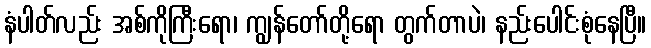
နံပါတ်လည်း အစ်ကိုကြီးရော၊ ကျွန်တော်တို့ရော တွက်တာပဲ၊ နည်းပေါင်းစုံနေပြီ။